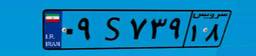
۱۸S۷۶۰۲۶